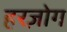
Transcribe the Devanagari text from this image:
हरज़ोग